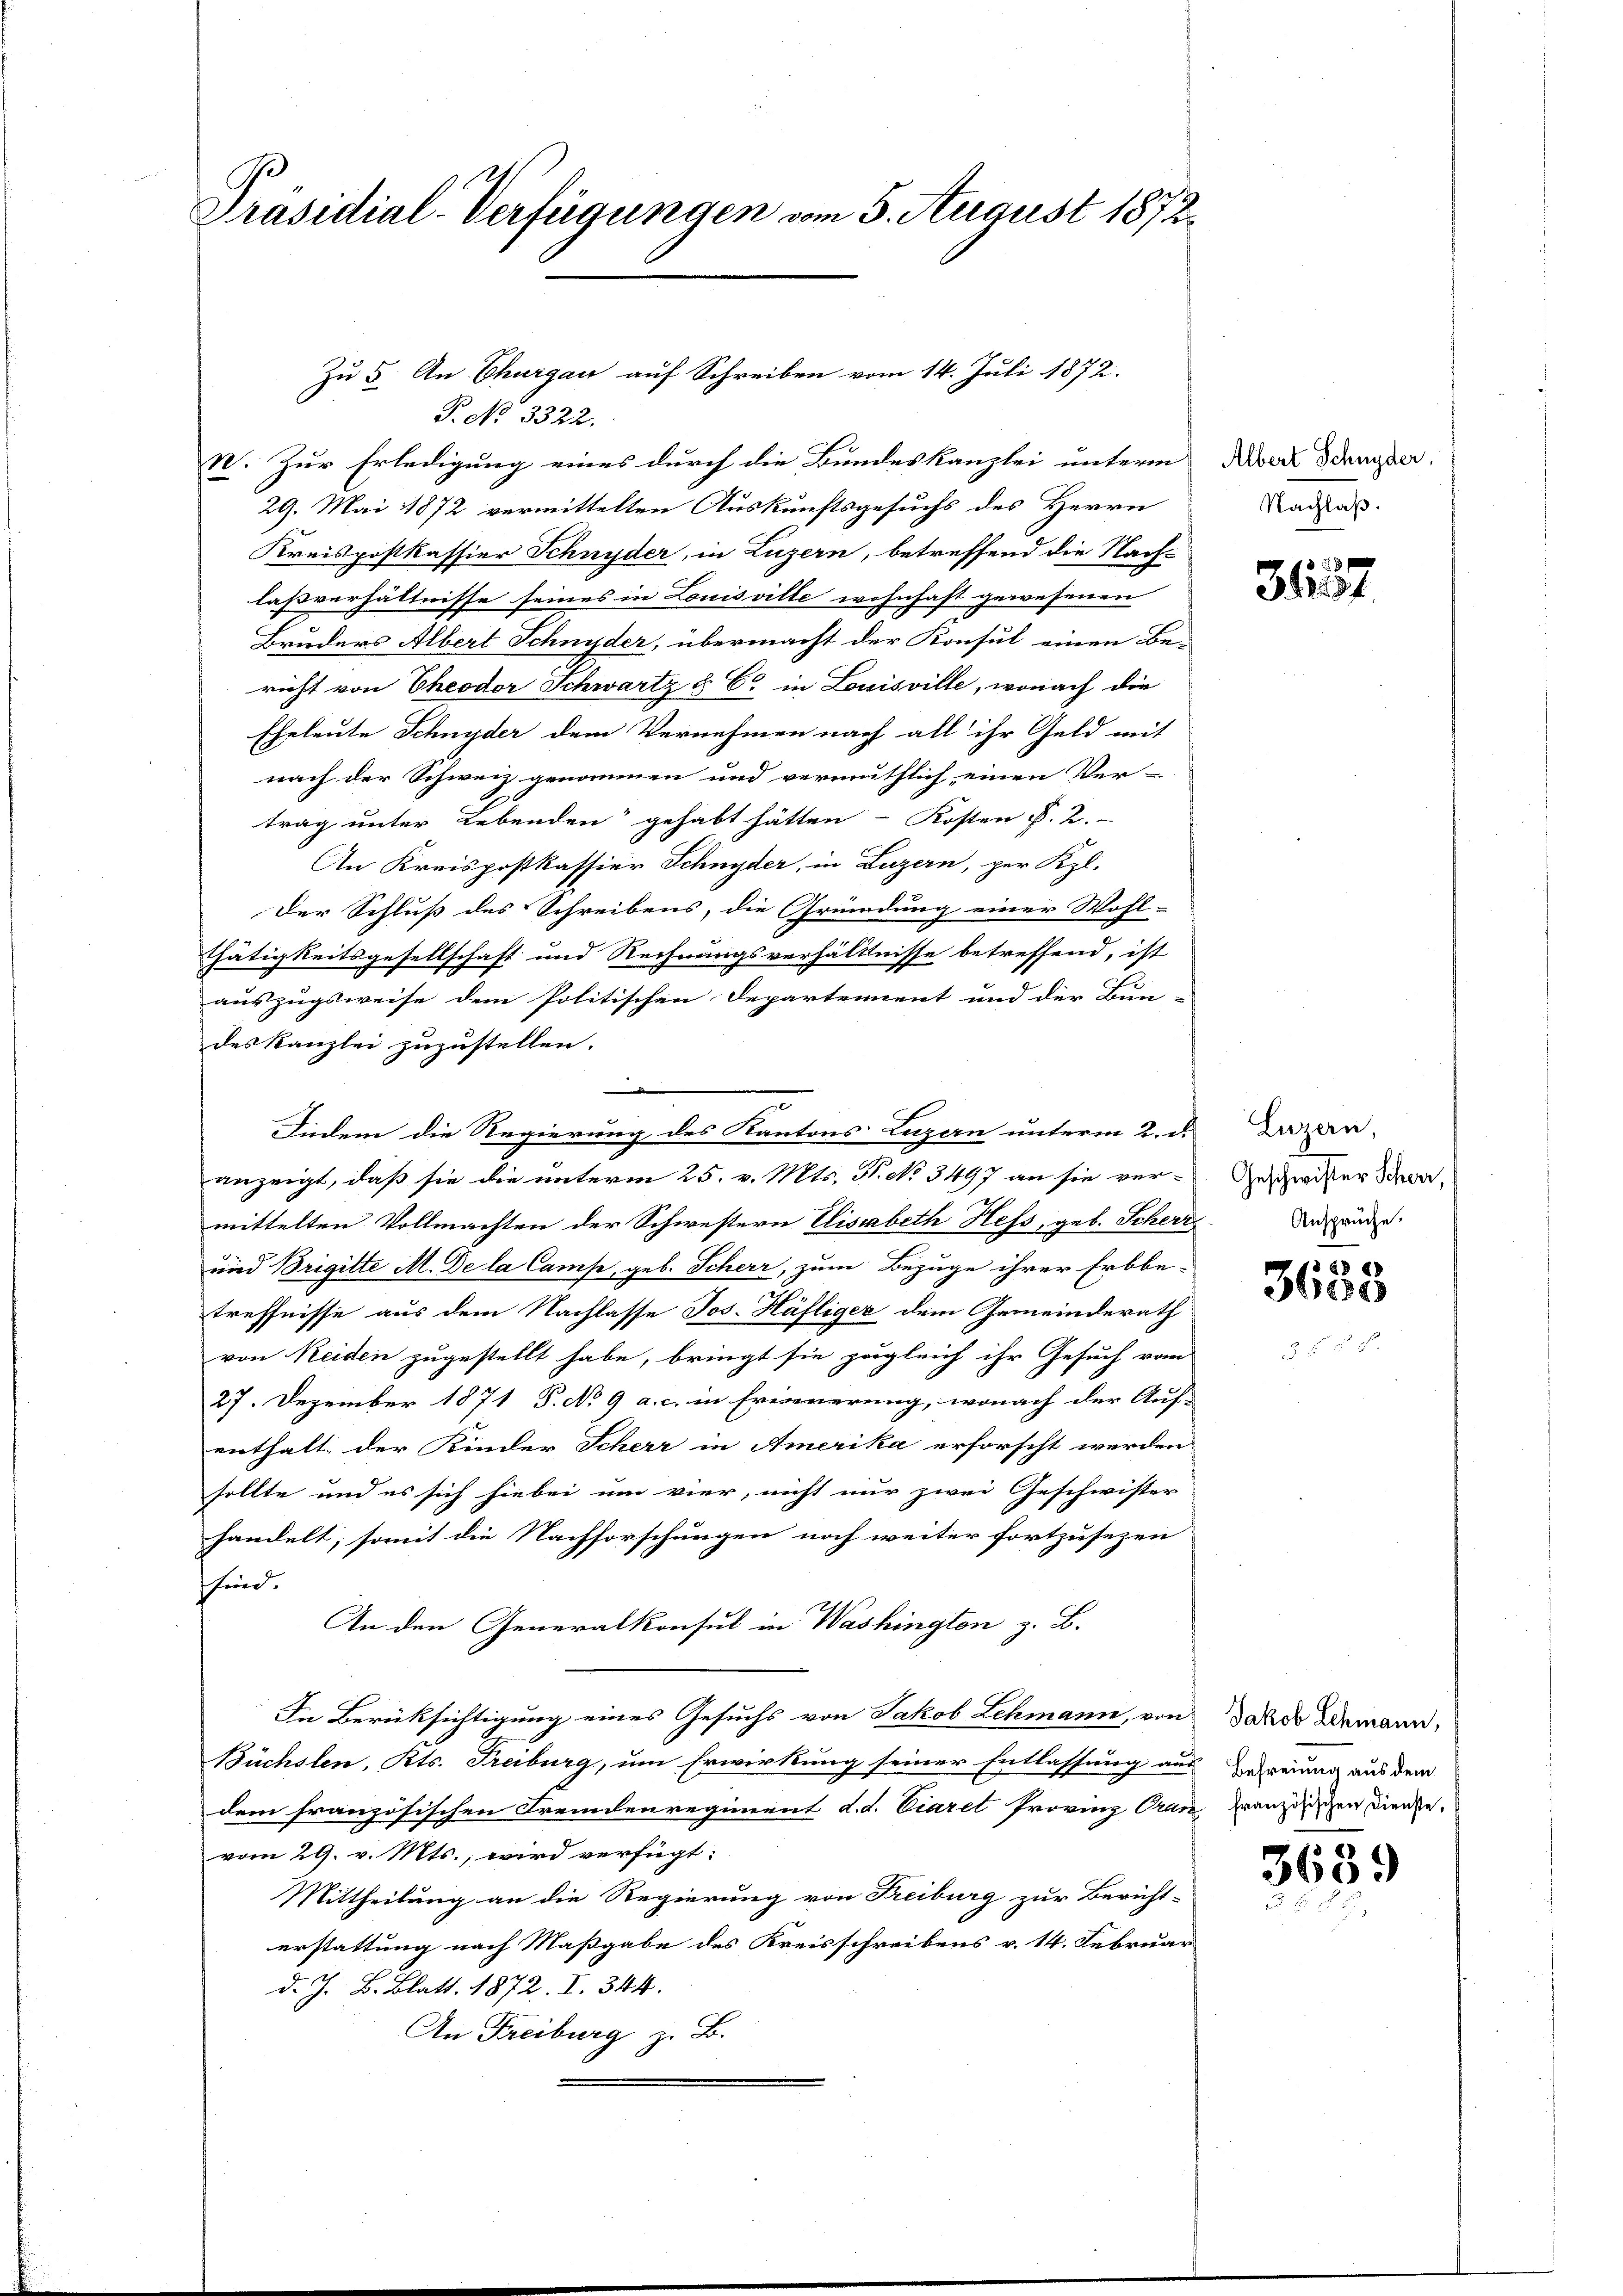
Präsidial-Verfügungen vom 5. August 1872.

Zu 5. An Thurgau auf Schreiben vom 14. Juli 1872.

P. No 3322.
N. Zur Erledigung eines durch die Bundeskanzlei unterm
29. Mai 1872 vermittelten Auskunftsgesuchs des Herrn
Kreispostkassier Schnyder, in Luzern, betreffend die Nach-
laßverhältnisse seines in Louisville wohnhaft gewesenen
Bruders Albert Schnyder, übermacht der Konsul einen Be-
richt von Theodor Schwartz § 6 in Louisville, wonach die
Eheleute Schnyder dem Vernehmen nach all ihr Geld mit
nach der Schweiz genommen und vermuthlich einen Ver-
trag unter Lebenden gehabt hätten Kosten §. 2.
An Kreispostkassier Schnyder, in Luzern, per Kl.
Der Schluß des Schreibens, die Gründung einer Wohl-
thätigkeitsgesellschaft und Rechnungsverhältnisse betreffend, ist
auszugsweise dem Politischen Departement und der Bun-
des Kanzlei zuzustellen.

Indem die Regierung des Kantons Luzern unterm 2. d.
anzeigt, daß sie die unterm 25. v. Mts. N. No 3497 an sie ver-
mittelten Vollmachten der Schwestern Elisabeth Hess, geb. Scherr
und Brigitte M. De la Campe, geb. Scheer, zum Bezuge ihrer Erbbe-
treffnisse aus dem Nachlasse Jos. Häfliger dem Gemeinderath
von Reiden zugestellt habe, bringt sie zugleich ihr Gesuch vom
27. Dezember 1871 P. No 9 a. c. in Friererung, wonach der Auf-
enthalt der Kinder Scher in Amerika erforscht werden
sollte und es sich hiebei um vier, nicht nur zwei Geschwister
handelt, somit die Nachforschungen noch weiter fortzusezen
ffind.
An den Generalkonsul in Washington z. B.
In Berücksichtigung eines Gesuchs von Jakob Lehmann, von
Büchslen, Kts. Freiburg, um Erwirkung seiner Entlassung an
dem französischen Fremdenregiment d. d. Ciaret Provinz Cra
vom 29. v. Mts., wird verfügt:
Mittheilung an die Regierung von Freiburg zur Bericht-
erstattung nach Maßgabe des Kreisschreibens v. 14. Februa
d. J. B. Blatt. 1872. I. 344.
An Freiburg z. B.

Albert Schnyder
Nachlaß.

¬

31157

Luzern
Geschwister Scheer,
Ansprüche.
.

§ §§ 68
3600

Jakob Schmann,
Befreiung aus dem
französischen Dienste,

3639)